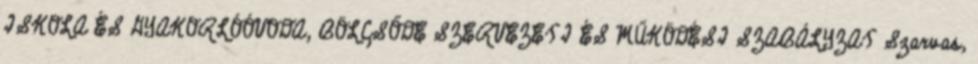
ISKOLA ÉS GYAKORLÓÓVODA, BÖLCSŐDE SZERVEZETI ÉS MŰKÖDÉSI SZABÁLYZAT Szarvas,